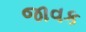
જાવક